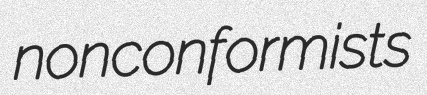
nonconformists